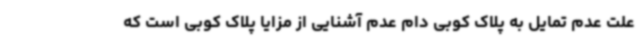
علت عدم تمایل به پلاک کوبی دام عدم آشنایی از مزایا پلاک کوبی است که